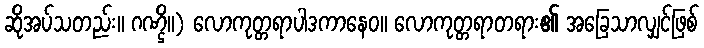
ဆိုအပ်သတည်း။ ဂဏ္ဌိ။) လောကုတ္တရာပါဒကာနေဝ။ လောကုတ္တရာတရား၏ အခြေသာလျှင်ဖြစ်